Plague in India, 1896, 1897 - Volume 2
Year: 1896
Disease focus: Plague
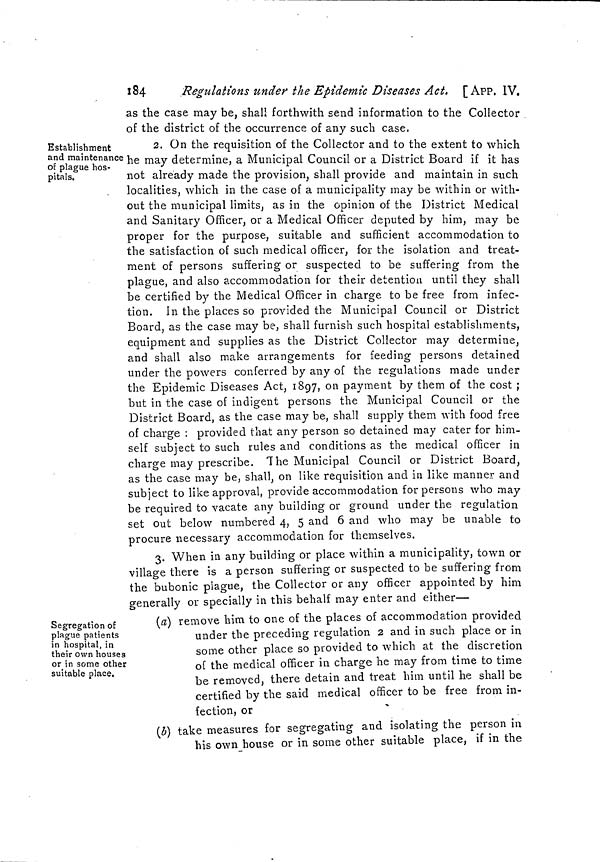
184
Regulations under the Epidemic Diseases Act. [ APP. IV.
as the case may be, shall forthwith send information to the Collector
of the district of the occurrence of any such case.
Establishment
and maintenance
of plague hos-
pitals.
2. On me requisition of the Collector and to the extent to which
he may determine, a Municipal Council or a District Board if it has
not already made the provision, shall provide and maintain in such
localities, which in the case of a municipality may be within or with-
out the municipal limits, as in the opinion of the District Medical
and Sanitary Officer, or a Medical Officer deputed by him, may be
proper for the purpose, suitable and sufficient accommodation to
the satisfaction of such medical officer, for the isolation and treat-
ment of persons suffering or suspected to be suffering from the
plague, and also accommodation for their detention until they shall
be certified by the Medical Officer in charge to be free from infec-
tion. In the places so provided the Municipal Council or District
Board, as the case may be, shall furnish such hospital establishments,
equipment and supplies as the District Collector may determine,
and shall also make arrangements for feeding persons detained
under the powers conferred by any of the regulations made under
the Epidemic Diseases Act, 1897, on payment by them of the cost ;
but in the case of indigent persons the Municipal Council or the
District Board, as the case may be, shall supply them with food free
of charge : provided that any person so detained may cater for him-
self subject to such rules and conditions as the medical officer in
charge may prescribe. The Municipal Council or District Board,
as the case may be, shall, on like requisition and in like manner and
subject to like approval, provide accommodation for persons who may
be required to vacate any building or ground under the regulation
set out below numbered 4, 5 and 6 and who may be unable to
procure necessary accommodation for themselves.
3. When in any building or place within a municipality, town or
village there is a person suffering or suspected to be suffering from
the bubonic plague, the Collector or any officer appointed by him
generally or specially in this behalf may enter and either—
Segregation of
plague patients
in hospital, in
their Own houses
or in some other
suitable place.
(a) remove him to one of the places of accommodation provided
under the preceding regulation 2 and in such place or in
some other place so provided to which at the discretion
of the medical officer in charge he may from time to time
be removed, there detain and treat him until he shall be
certified by the said medical officer to be free from in-
fection, or
(b) take measures for segregating and isolating the person in
his own house or in some other suitable place, if in the